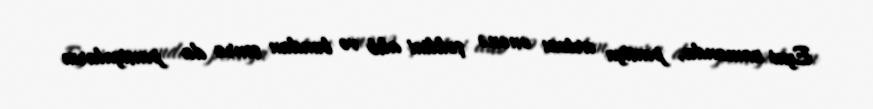
Eyni zamanda, pensiya artımı ənənə şəklini alıb və bundan sonra da pensiyaların